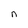
Character: n